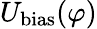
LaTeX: U_{\mathrm{bias}}(\varphi)